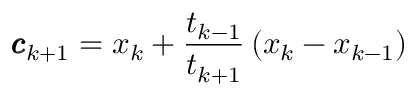
{ \pmb { c } } _ { k + 1 } = x _ { k } + \frac { t _ { k - 1 } } { t _ { k + 1 } } \, ( x _ { k } - x _ { k - 1 } )